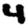
Digit: 4